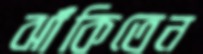
ঝাঁকিতেন